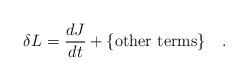
LaTeX: \begin{align*}\delta L = \frac{dJ}{dt} + \mbox{\{other terms\}} \quad. \end{align*}